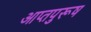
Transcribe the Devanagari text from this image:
आप्तपुरूष